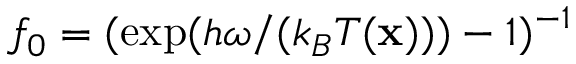
f _ { 0 } = ( \exp ( h \omega / ( k _ { B } T ( \mathbf x ) ) ) - 1 ) ^ { - 1 }